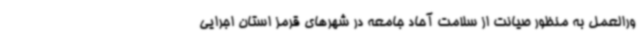
ورالعمل به منظور صیانت از سلامت آحاد جامعه در شهرهای قرمز استان اجرایی